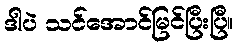
ဒါပဲ သင်အောင်မြင်ပြီးပြီ။